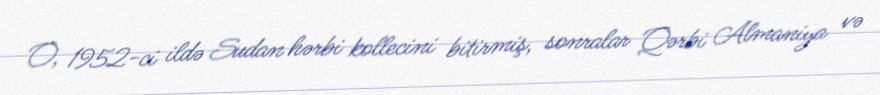
O, 1952-ci ildə Sudan hərbi kollecini bitirmiş, sonralar Qərbi Almaniya və